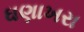
ઘણાખરા